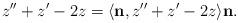
LaTeX: \begin{align*}z''+z'-2z=\langle {\bf n},z''+z'-2z\rangle {\bf n}.\end{align*}